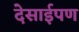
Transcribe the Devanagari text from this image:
देसाईपण